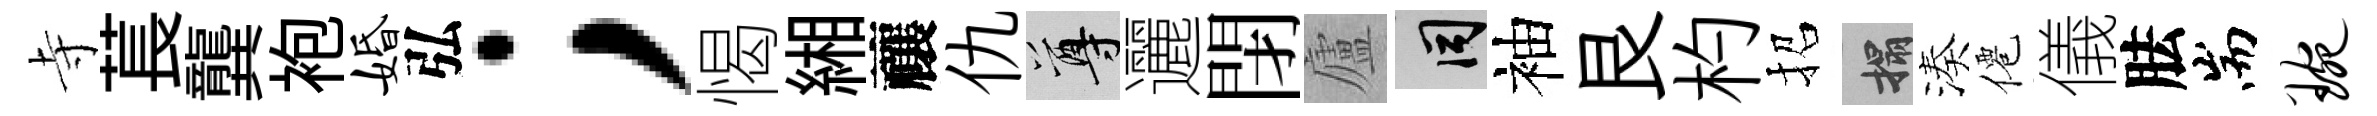
寺萇龔袍婚弘；愒緗禳仇尊邐閉廬间袖艮杓招搨湊僊儀胠耑琬